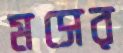
মসের